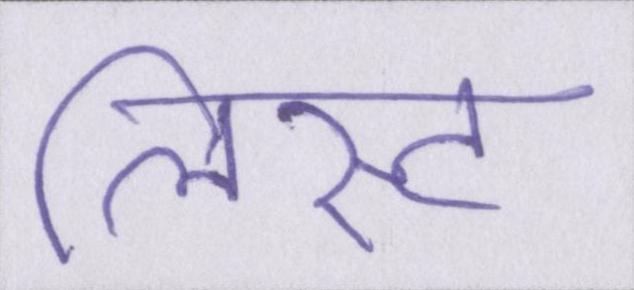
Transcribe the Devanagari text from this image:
लिस्ट